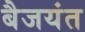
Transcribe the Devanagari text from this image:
बैजयंत